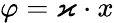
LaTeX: \varphi=\varkappa\cdot x